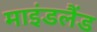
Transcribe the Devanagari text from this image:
माइंडलैंड